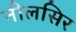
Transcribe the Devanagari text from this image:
नीलसिर